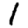
Digit: 1